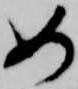
如